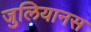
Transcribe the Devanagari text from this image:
जुलियानस